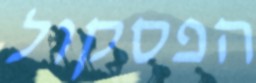
הפסקול